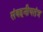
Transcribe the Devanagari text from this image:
संवहनीयतंत्र